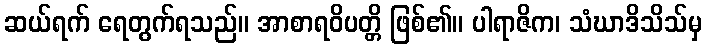
ဆယ်ရက် ရေတွက်ရသည်။ အာစာရဝိပတ္တိ ဖြစ်၏။ ပါရာဇိက၊ သံဃာဒိသိသ်မှ